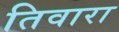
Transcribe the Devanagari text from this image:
तिवारा